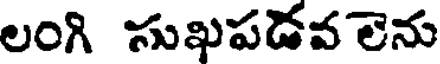
లంగి సుఖపడవలెను